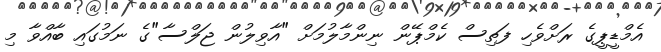
އެމްޑީޕީގެ ރަށްވެހި ފަތިސް ކެމްޕޭން ނިންމާލުމަށް "އާވިލުން ޖަލްސާ"ގެ ނަމުގައި ބާއްވާ މި